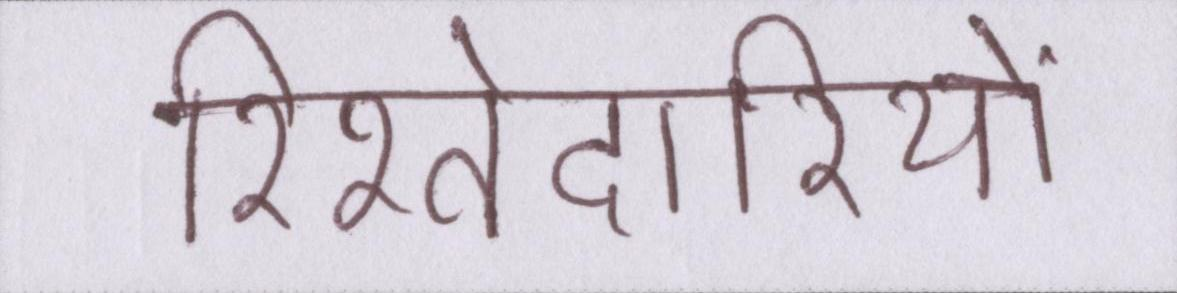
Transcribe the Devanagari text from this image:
रिश्तेदारियों